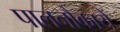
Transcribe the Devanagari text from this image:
पालनौकायें